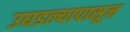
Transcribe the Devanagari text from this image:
उघडल्यापासून